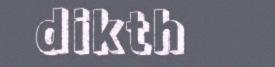
dikth